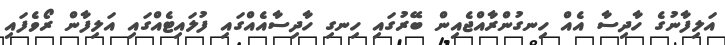
އަލިފާނުގެ ހާދިސާ އެއް ހިނގުންރާއްޖެއިން ބޭރުގައި ހިނގި ހާދިސާއެއްގައި ފުލައިޓެއްގައި އަލިފާން ރޯވެފައި